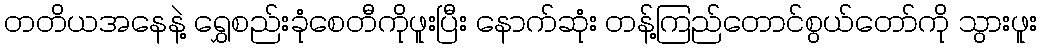
တတိယအနေနဲ့ ရွှေစည်းခုံစေတီကိုဖူးပြီး နောက်ဆုံး တန့်ကြည်တောင်စွယ်တော်ကို သွားဖူး